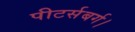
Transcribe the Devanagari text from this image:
पीटर्सबर्ग।